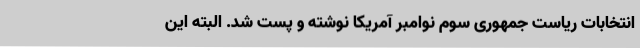
انتخابات ریاست جمهوری سوم نوامبر آمریکا نوشته و پست شد. البته این